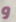
و